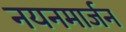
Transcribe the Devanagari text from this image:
नयनमार्जन